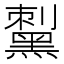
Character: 𪑟